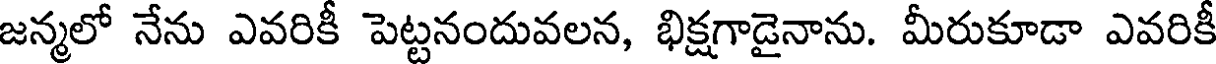
జన్మలో నేను ఎవరికీ పెట్టనందువలన, భిక్షగాడైనాను. మీరుకూడా ఎవరికీ